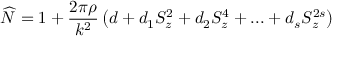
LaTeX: \widehat { N } = 1 + \frac { 2 \pi \rho } { k ^ { 2 } } \left( d + d _ { 1 } S _ { z } ^ { 2 } + d _ { 2 } S _ { z } ^ { 4 } + . . . + d _ { s } S _ { z } ^ { 2 s } \right)